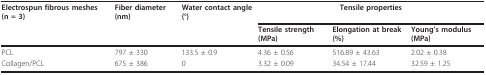
| Electrospun fibrous meshes (n = 3) | Fiber diameter (nm) | Water contact angle (°) | <COLSPAN=3> Tensile properties |
 |  |  |  | Tensile strength (MPa) | Elongation at break (%) | Young's modulus (MPa) |
 | --- | --- | --- | --- | --- | --- |
 | PCL | 797 ± 330 | 133.5 ± 0.9 | 4.36 ± 0.56 | 516.89 ± 43.63 | 2.02 ± 0.38 |
 | Collagen/PCL | 675 ± 386 | 0 | 3.32 ± 0.09 | 34.54 ± 17.44 | 32.59 ± 1.25 |